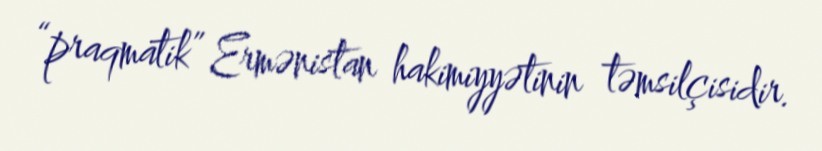
“praqmatik” Ermənistan hakimiyyətinin təmsilçisidir.